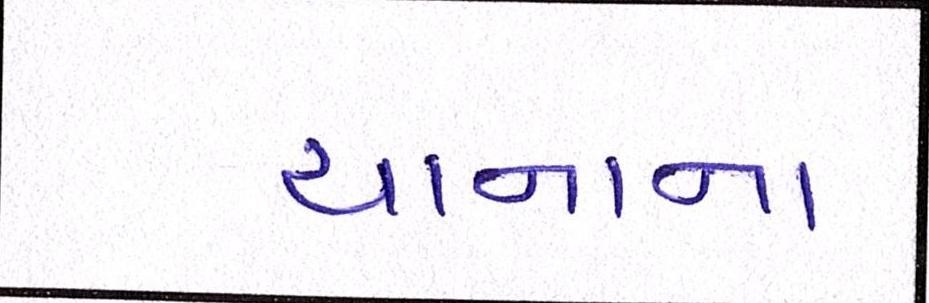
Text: યાનાના